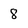
Character: 8